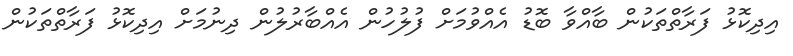
އިދިކޮޅު ފަރާތްތަކުން ބާއްވާ ބޮޑު އެއްވުމަށް ފުލުހުން އެއްބާރުލުން ދިނުމަށް އިދިކޮޅު ފަރާތްތަކުން